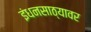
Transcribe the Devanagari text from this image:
इंधनसाठ्यावर